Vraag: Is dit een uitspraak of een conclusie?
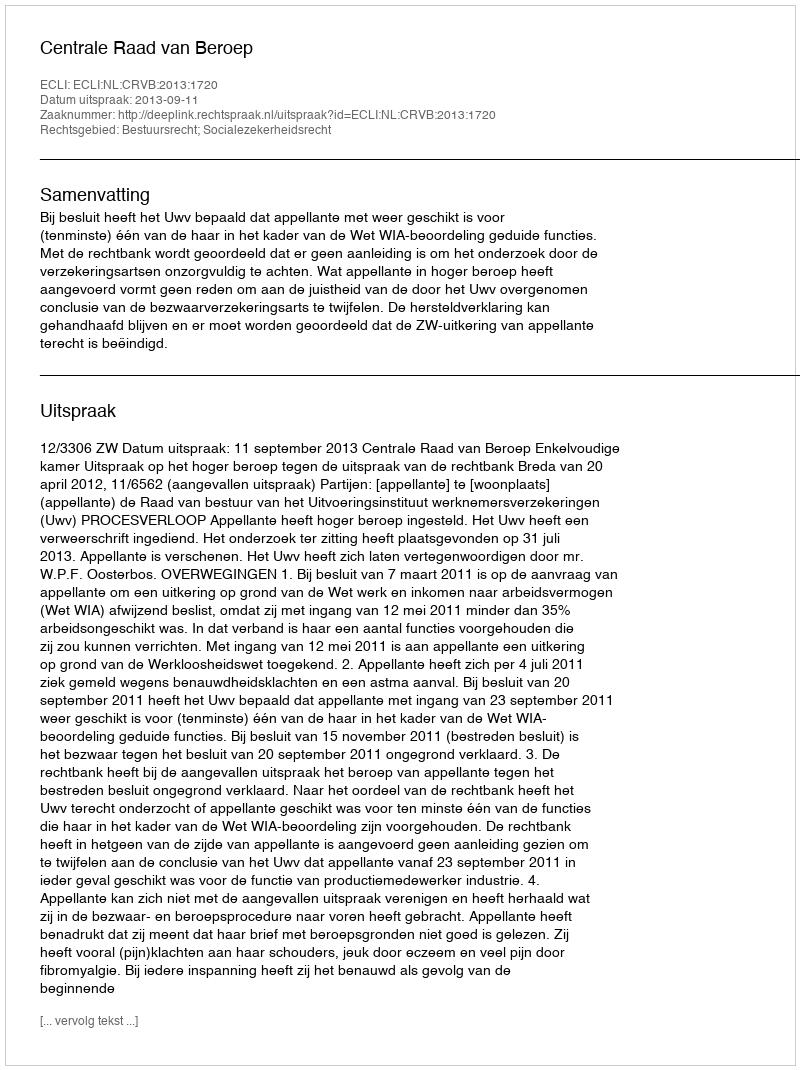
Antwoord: Uitspraak